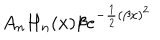
LaTeX: A _ { n } H _ { n } ( x ) \beta e ^ { - \frac { 1 } { 2 } ( \beta x ) ^ { 2 } }